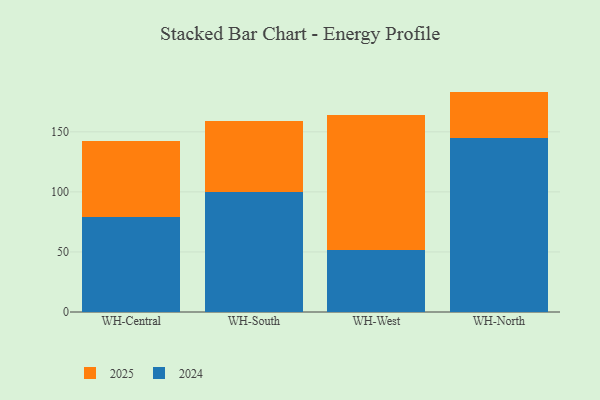
{"axis": {"x": "Warehouse", "y": "Customer Acquisition Cost (USD)"}, "legend": ["2024", "2025"], "data": [{"x": "WH-Central", "y": 63.6, "type": "2025"}, {"x": "WH-Central", "y": 79.1, "type": "2024"}, {"x": "WH-South", "y": 59.2, "type": "2025"}, {"x": "WH-South", "y": 99.6, "type": "2024"}, {"x": "WH-West", "y": 113.1, "type": "2025"}, {"x": "WH-West", "y": 51.3, "type": "2024"}, {"x": "WH-North", "y": 38.9, "type": "2025"}, {"x": "WH-North", "y": 144.6, "type": "2024"}]}